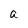
Character: a